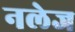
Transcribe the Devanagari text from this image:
नलेज